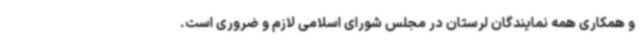
و همکاری همه نمایندگان لرستان در مجلس شورای اسلامی لازم و ضروری است.